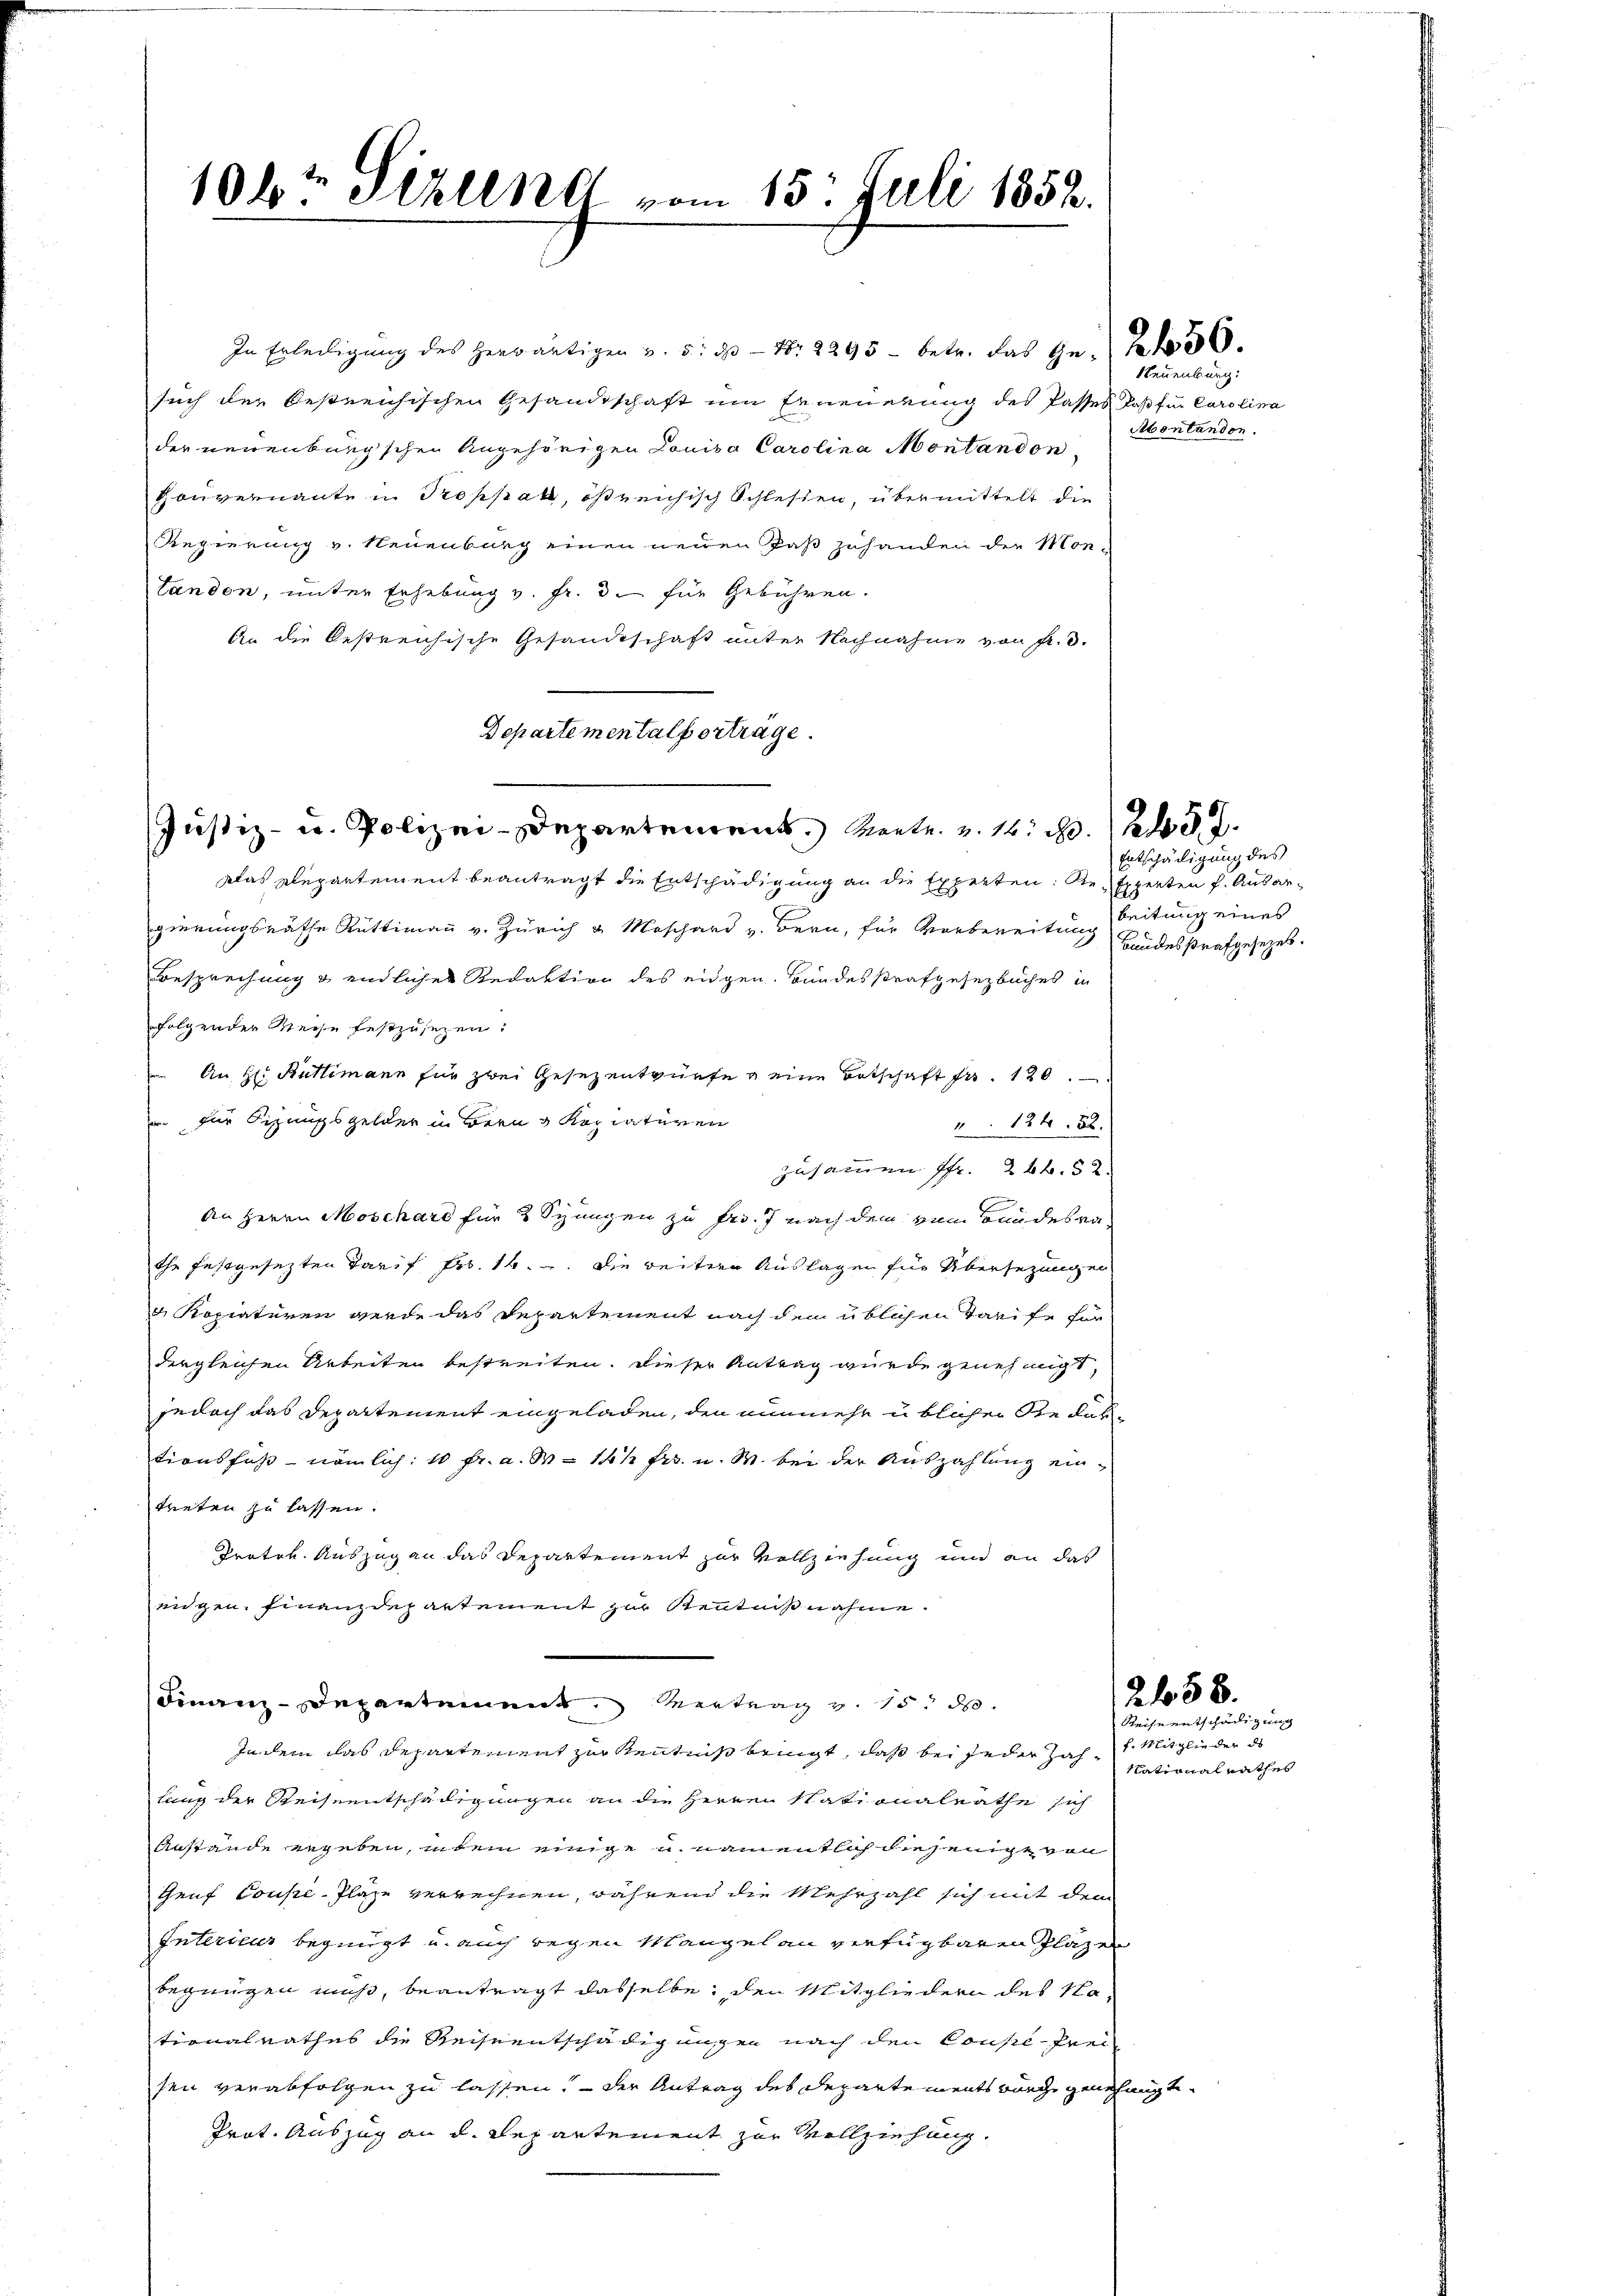
such der bestreichischen Gesandtschaft um Erneuerung des Passes daß für Carolina
der neuenburgschen Angehörigen Louisa Carolina Montandon
Gouvernannte in Troppak, ößreichisch Schlesen, übermittelt die
Regierung v. Neuenburg einen neuen Paß zuhanden die Montandon, unter Erhebung v. Fr. 3 für Gebühren.
An die bestreichische Gesandtschaft unter Nachnahme von Fr. 3.
Departementalberträge.
Justiz- u. Polizei-Departement. Mente u. 12. d. 237.
Das Repartement beantragt die Entschädigung an die Experten: Se Experten f. Ausargierungsräthe Rüttimann v. Zürich u Moschard v. Bern, für Vorbereitung leitung eines
Besprechung & endlicher Redaktion des eidgen. Bundesstrafgesetzbuches in
folgender Weise festzusetzen:
An Hr. Büttimann für zwei Gesezentwürfe eine Botschaft fr. 120.
an für Sizungsgelder in Bern & Kopiaturen
 124. 82.
zusammen Fr. 26. 52.
An Herrn Moschard für 3 Spingen zu Fr. 7 nach dem vom Bundesrathe festgesezten Tarif Fr. 16. die weitern Auslagen für Übersezungen
g Kopiaturen werde das Departement nach dem üblichen Tarife für
dergleichen Arbeiten bestreiten. Dieser Antrag wurde genehmigt,
jedoch das Departement eingeladen, den nunmehr u. blicher Redak-
tionsfuß - nämlich: 10 fr. a. d. 141 Fr. u. W. bei der Auszahlung eintreten zu lassen.
Protok. Auszug an das Departement zur Vollziehung und an das
eidgen. Finanzdepartement zur Kenntnißnahme.
Finanz-Departement Vertrag v. 15. d.
In dem das Departement zur Kenntniß bringt, daß bei jeder Zahl. Mitglieder des
lung der Reiseentschädigungen an die Herren Stationalrathe sich
Anstände ergeben, indem einige u. namentlich diejenig von
Genf Couse-Plaze verrechnen, während die Mehrzahl sich mit dem
Interieur begnügt u. auch regen Mangel an verfügbaren Plazer
begnügen muß, beantragt dasselbe, den Mitgliedern des Nationalrathes die Reiseentschädigungen nach den Consilfrei
sen verabfolgen zu lassen. — Der Antrag des Departements Bürge genehmigte
Prat. Auszug an d. Repartement zur Vollziehung.

10kr. Sizung vom 15. Juli 1852.

In Erledigung des herwärtigen v. 5. ds N. 2295 - betr. das Ge- 30.

Neuenburg:
Abontandon.

Entschädigung des
Bandesstrafgesezes.

258.

Reise entschädigung
National Rathes